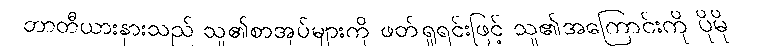
တာတီယားနားသည် သူ၏စာအုပ်များကို ဖတ်ရှုရင်းဖြင့် သူ၏အကြောင်းကို ပိုမို